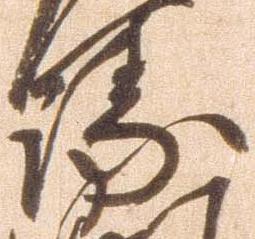
衛